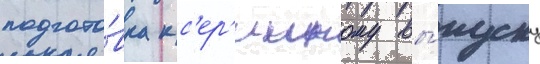
подгото́вка к с'ер'ииному вы́пуску